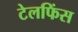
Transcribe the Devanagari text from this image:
टेलफिंस